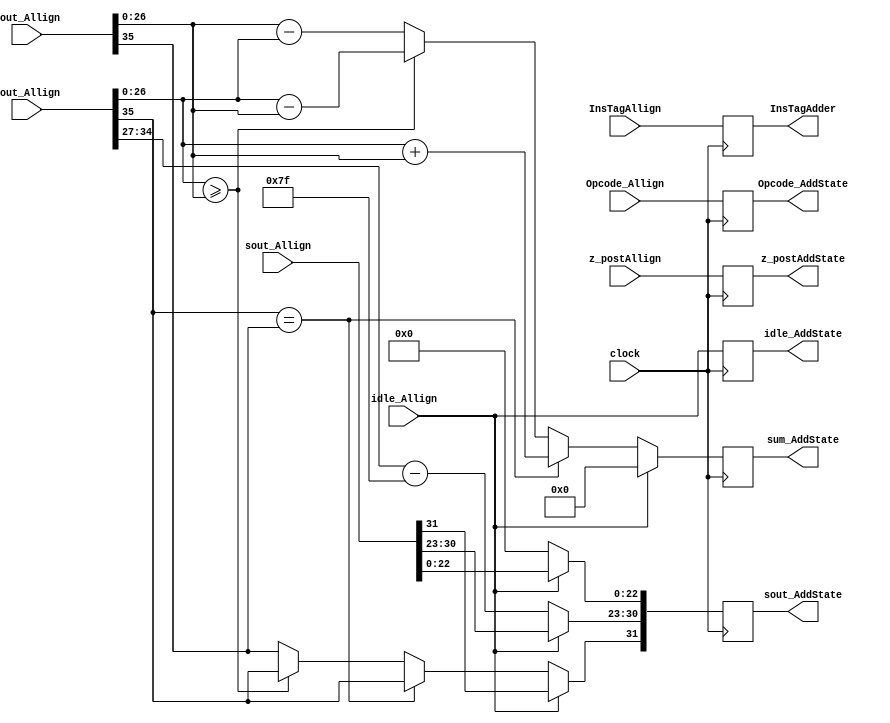
module AddProcess(
	input [31:0] z_postAllign,
	input [3:0] Opcode_Allign,
	input idle_Allign,
	input [35:0] cout_Allign,
	input [35:0] zout_Allign,
	input [31:0] sout_Allign,
	input [7:0] InsTagAllign,
	input clock,
	output reg idle_AddState,
	output reg [31:0] sout_AddState,
	output reg [27:0] sum_AddState,
	output reg [3:0] Opcode_AddState,
	output reg [31:0] z_postAddState,
	output reg [7:0] InsTagAdder
    );
parameter no_idle = 1'b0,
			 put_idle = 1'b1;

wire z_sign;
wire [7:0] z_exponent;
wire [26:0] z_mantissa;

wire c_sign;
wire [7:0] c_exponent;
wire [26:0] c_mantissa;

assign z_sign = zout_Allign[35];
assign z_exponent = zout_Allign[34:27] - 127;
assign z_mantissa = {zout_Allign[26:0]};

assign c_sign = cout_Allign[35];
assign c_exponent = cout_Allign[34:27] - 127;
assign c_mantissa = {cout_Allign[26:0]};

parameter sin_cos		= 4'd0,
			 sinh_cosh	= 4'd1,
			 arctan		= 4'd2,
			 arctanh		= 4'd3,
			 exp			= 4'd4,
			 sqr_root   = 4'd5,			// Pre processed input is given 4'd11
												// This requires pre processing. x = (a+1)/2 and y = (a-1)/2
			 division	= 4'd6,
			 tan			= 4'd7,			// This is iterative. sin_cos followed by division.
			 tanh			= 4'd8,			// This is iterative. sinh_cosh followed by division.
			 nat_log		= 4'd9,			// This requires pre processing. x = (a+1) and y = (a-1)
			 hypotenuse = 4'd10,
			 PreProcess = 4'd11;


always @ (posedge clock)
begin
	
	InsTagAdder <= InsTagAllign;
	z_postAddState <= z_postAllign;
	Opcode_AddState <= Opcode_Allign;
	
	//if(Opcode_Allign == PreProcess) begin
	
	idle_AddState <= idle_Allign;
	
	if (idle_Allign != put_idle) begin
      sout_AddState[30:23] <= c_exponent;
		sout_AddState[22:0] <= 0;
      if (c_sign == z_sign) begin
         sum_AddState <= c_mantissa + z_mantissa;
         sout_AddState[31] <= c_sign;
      end else begin
			if (c_mantissa >= z_mantissa) begin
				sum_AddState <= c_mantissa - z_mantissa;
				sout_AddState[31] <= c_sign;
			end else begin
				sum_AddState <= z_mantissa - c_mantissa;
				sout_AddState[31] <= z_sign;
			end
      end		
	end
	
	else begin
		sout_AddState <= sout_Allign;
		sum_AddState <= 0;
	end
	
	//end
end

endmodule